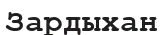
Зардыхан